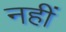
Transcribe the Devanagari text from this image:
नहीं